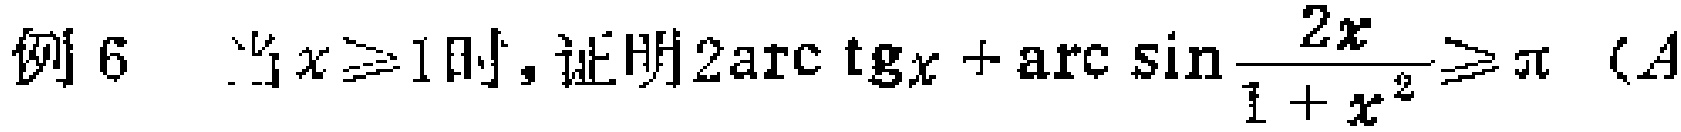
例6 当$x\geqslant1$时，证明$2\arctan x+\arcsin\frac{2x}{1 + x^{2}}\geqslant\pi$ （$A$